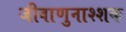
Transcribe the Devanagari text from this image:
जीवाणुनाश्शक